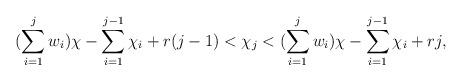
LaTeX: \begin{align*}(\sum\limits_{i=1}^j w_i)\chi - \sum\limits_{i=1}^{j-1}\chi_i + r(j-1) < \chi_j < (\sum\limits_{i=1}^j w_i)\chi - \sum\limits_{i=1}^{j-1}\chi_i + rj,\end{align*}